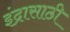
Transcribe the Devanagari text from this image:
इंद्रासाठी